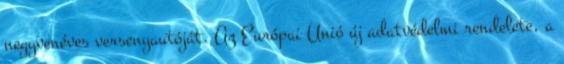
negyvenéves versenyautóját. Az Európai Unió új adatvédelmi rendelete, a